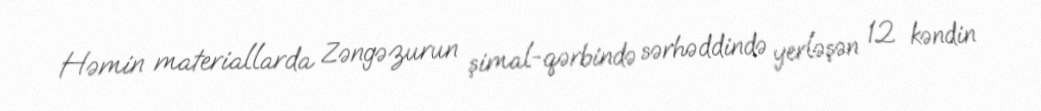
Həmin materiallarda Zəngəzurun şimal-qərbində sərhəddində yerləşən 12 kəndin